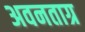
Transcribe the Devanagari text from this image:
अवनताग्र